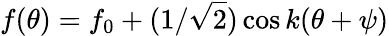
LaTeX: f(\theta)=f_{0}+(1/\sqrt{2})\cos k(\theta+\psi)